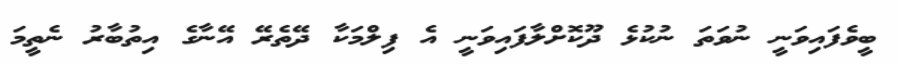
ބީވެފައިވަނީ ނުވަތަ ނުކުޅެ ދޫކޮށްލާފައިވަނީ އެ ފިލްމަކާ ދޭތެރޭ އޭނާގެ އިތުބާރު ނެތީމަ